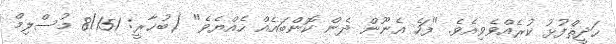
ޙަދީޘްފުޅު ކުރެއްވެވިއެވެ. "ފަހެ އެނޫން ދެން ކޮންބައެއް ހެއްޔެވެ" (ބުޚާރީީ: 8/151 މުސްލިމް